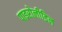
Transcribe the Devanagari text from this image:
पाइरोलीडिन